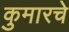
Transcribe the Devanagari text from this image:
कुमारचे